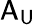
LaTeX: \mathsf{A}_{\mathsf{U}}